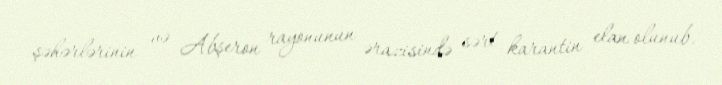
şəhərlərinin və Abşeron rayonunun ərazisində sərt karantin elan olunub.